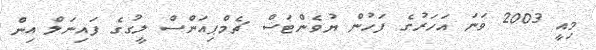
މިއީ 2003 ވަނަ އަހަރުގެ ފަހުން ޔުވެންޓަސް ޗެމްޕިއަންސް ލީގުގެ ފައިނަލް އިން